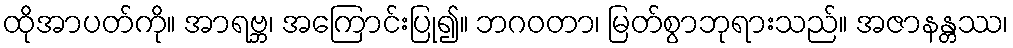
ထိုအာပတ်ကို။ အာရဗ္ဘ၊ အကြောင်းပြု၍။ ဘဂဝတာ၊ မြတ်စွာဘုရားသည်။ အဇာနန္တဿ၊